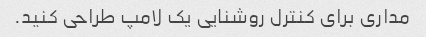
مداری برای کنترل روشنایی یک لامپ طراحی کنید.